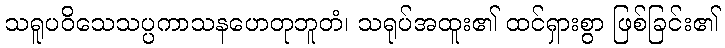
သရူပဝိသေသပ္ပကာသနဟေတုဘူတံ၊ သရုပ်အထူး၏ ထင်ရှားစွာ ဖြစ်ခြင်း၏